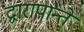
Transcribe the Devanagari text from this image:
द्वारापान्ते